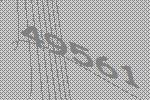
49561